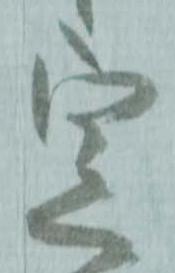
定